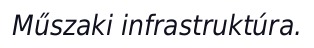
Műszaki infrastruktúra.